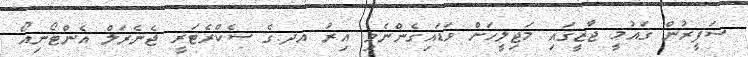
ސަފީރުން ގައުމީ ޖާޒީގައި މަޖިލީހަށް ވަޑައިގެންނެވި އިރު އދ.ގެ ސެކްރެޓަރީ ޖެނެރަލް އެންޓޯނިއޯ